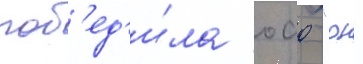
поб'ед'и́ла оао "рн -